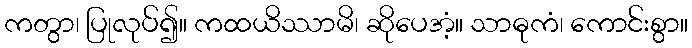
ကတွာ၊ ပြုလုပ်၍။ ကထယိဿာမိ၊ ဆိုပေအံ့။ သာဓုကံ၊ ကောင်းစွာ။